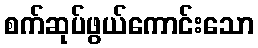
စက်ဆုပ်ဖွယ်ကောင်းသော